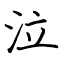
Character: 泣